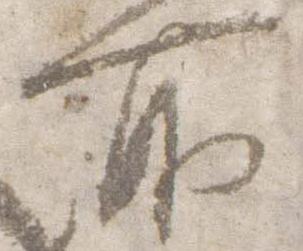
所